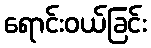
ရောင်းဝယ်ခြင်း